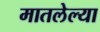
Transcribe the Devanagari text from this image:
मातलेल्या